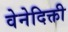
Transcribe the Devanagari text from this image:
वेनेदिक्ती